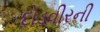
દોડવીરની